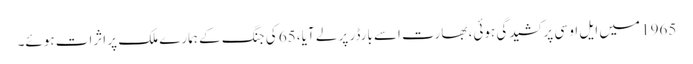
1965 میں ایل او سی پر کشیدگی ہوئی، بھارت اسے بارڈر پر لے آیا، 65 کی جنگ کے ہمارے ملک پر اثرات ہوئے۔